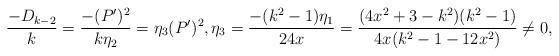
LaTeX: \begin{align*} \frac{-D_{k-2}}{k} = \frac{-(P')^2}{k \eta_2} = \eta_3 (P')^2, \eta_3 = \frac{- (k^2-1) \eta_1 }{24x}= \frac{(4x^2 +3 - k^2 ) (k^2-1) }{4x(k^2-1-12x^2)} \neq 0 ,\end{align*}